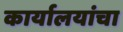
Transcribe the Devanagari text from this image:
कार्यालयांचा